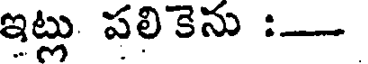
ఇట్లు పలికెను :-